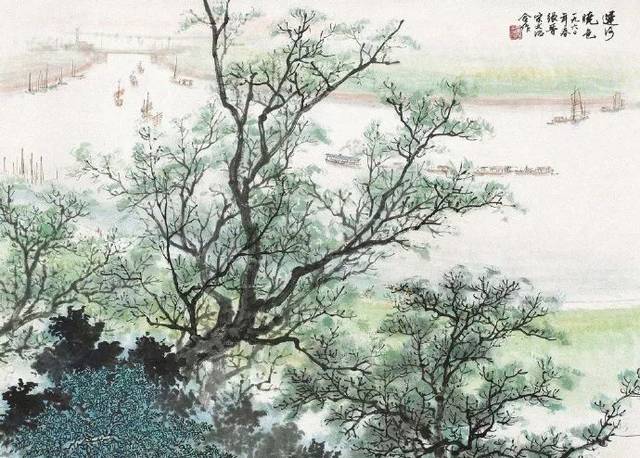
云开远见汉阳城，犹是孤帆一日程。